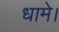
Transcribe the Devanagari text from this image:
धामे।